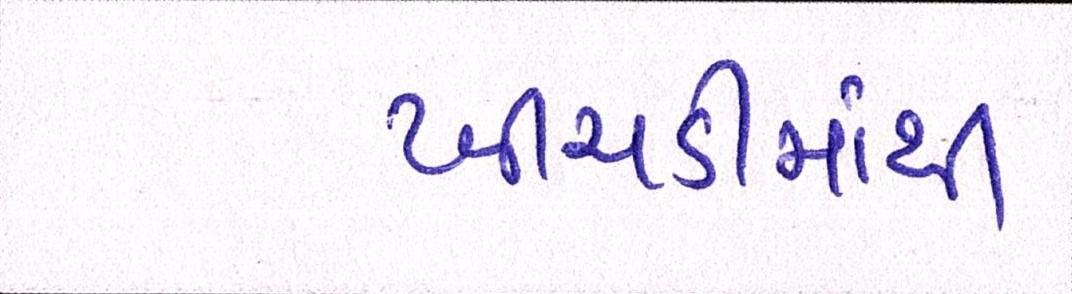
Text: ખીચડીમાંથી